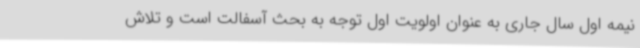
نیمه اول سال جاری به عنوان اولویت اول توجه به بحث آسفالت است و تلاش